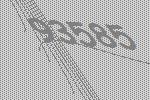
93585